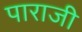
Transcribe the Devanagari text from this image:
पाराजी